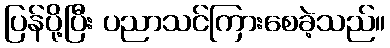
ပြန်ပို့ပြီး ပညာသင်ကြားစေခဲ့သည်။